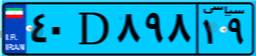
۴۰D۸۹۸۱۹